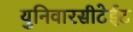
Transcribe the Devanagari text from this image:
युनिवारसीटेईट